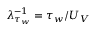
\lambda _ { \tau _ { w } } ^ { - 1 } = \tau _ { w } / U _ { V }